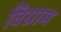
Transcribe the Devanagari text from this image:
विग्राम